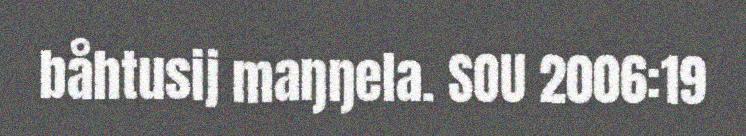
båhtusij maŋŋela. SOU 2006:19